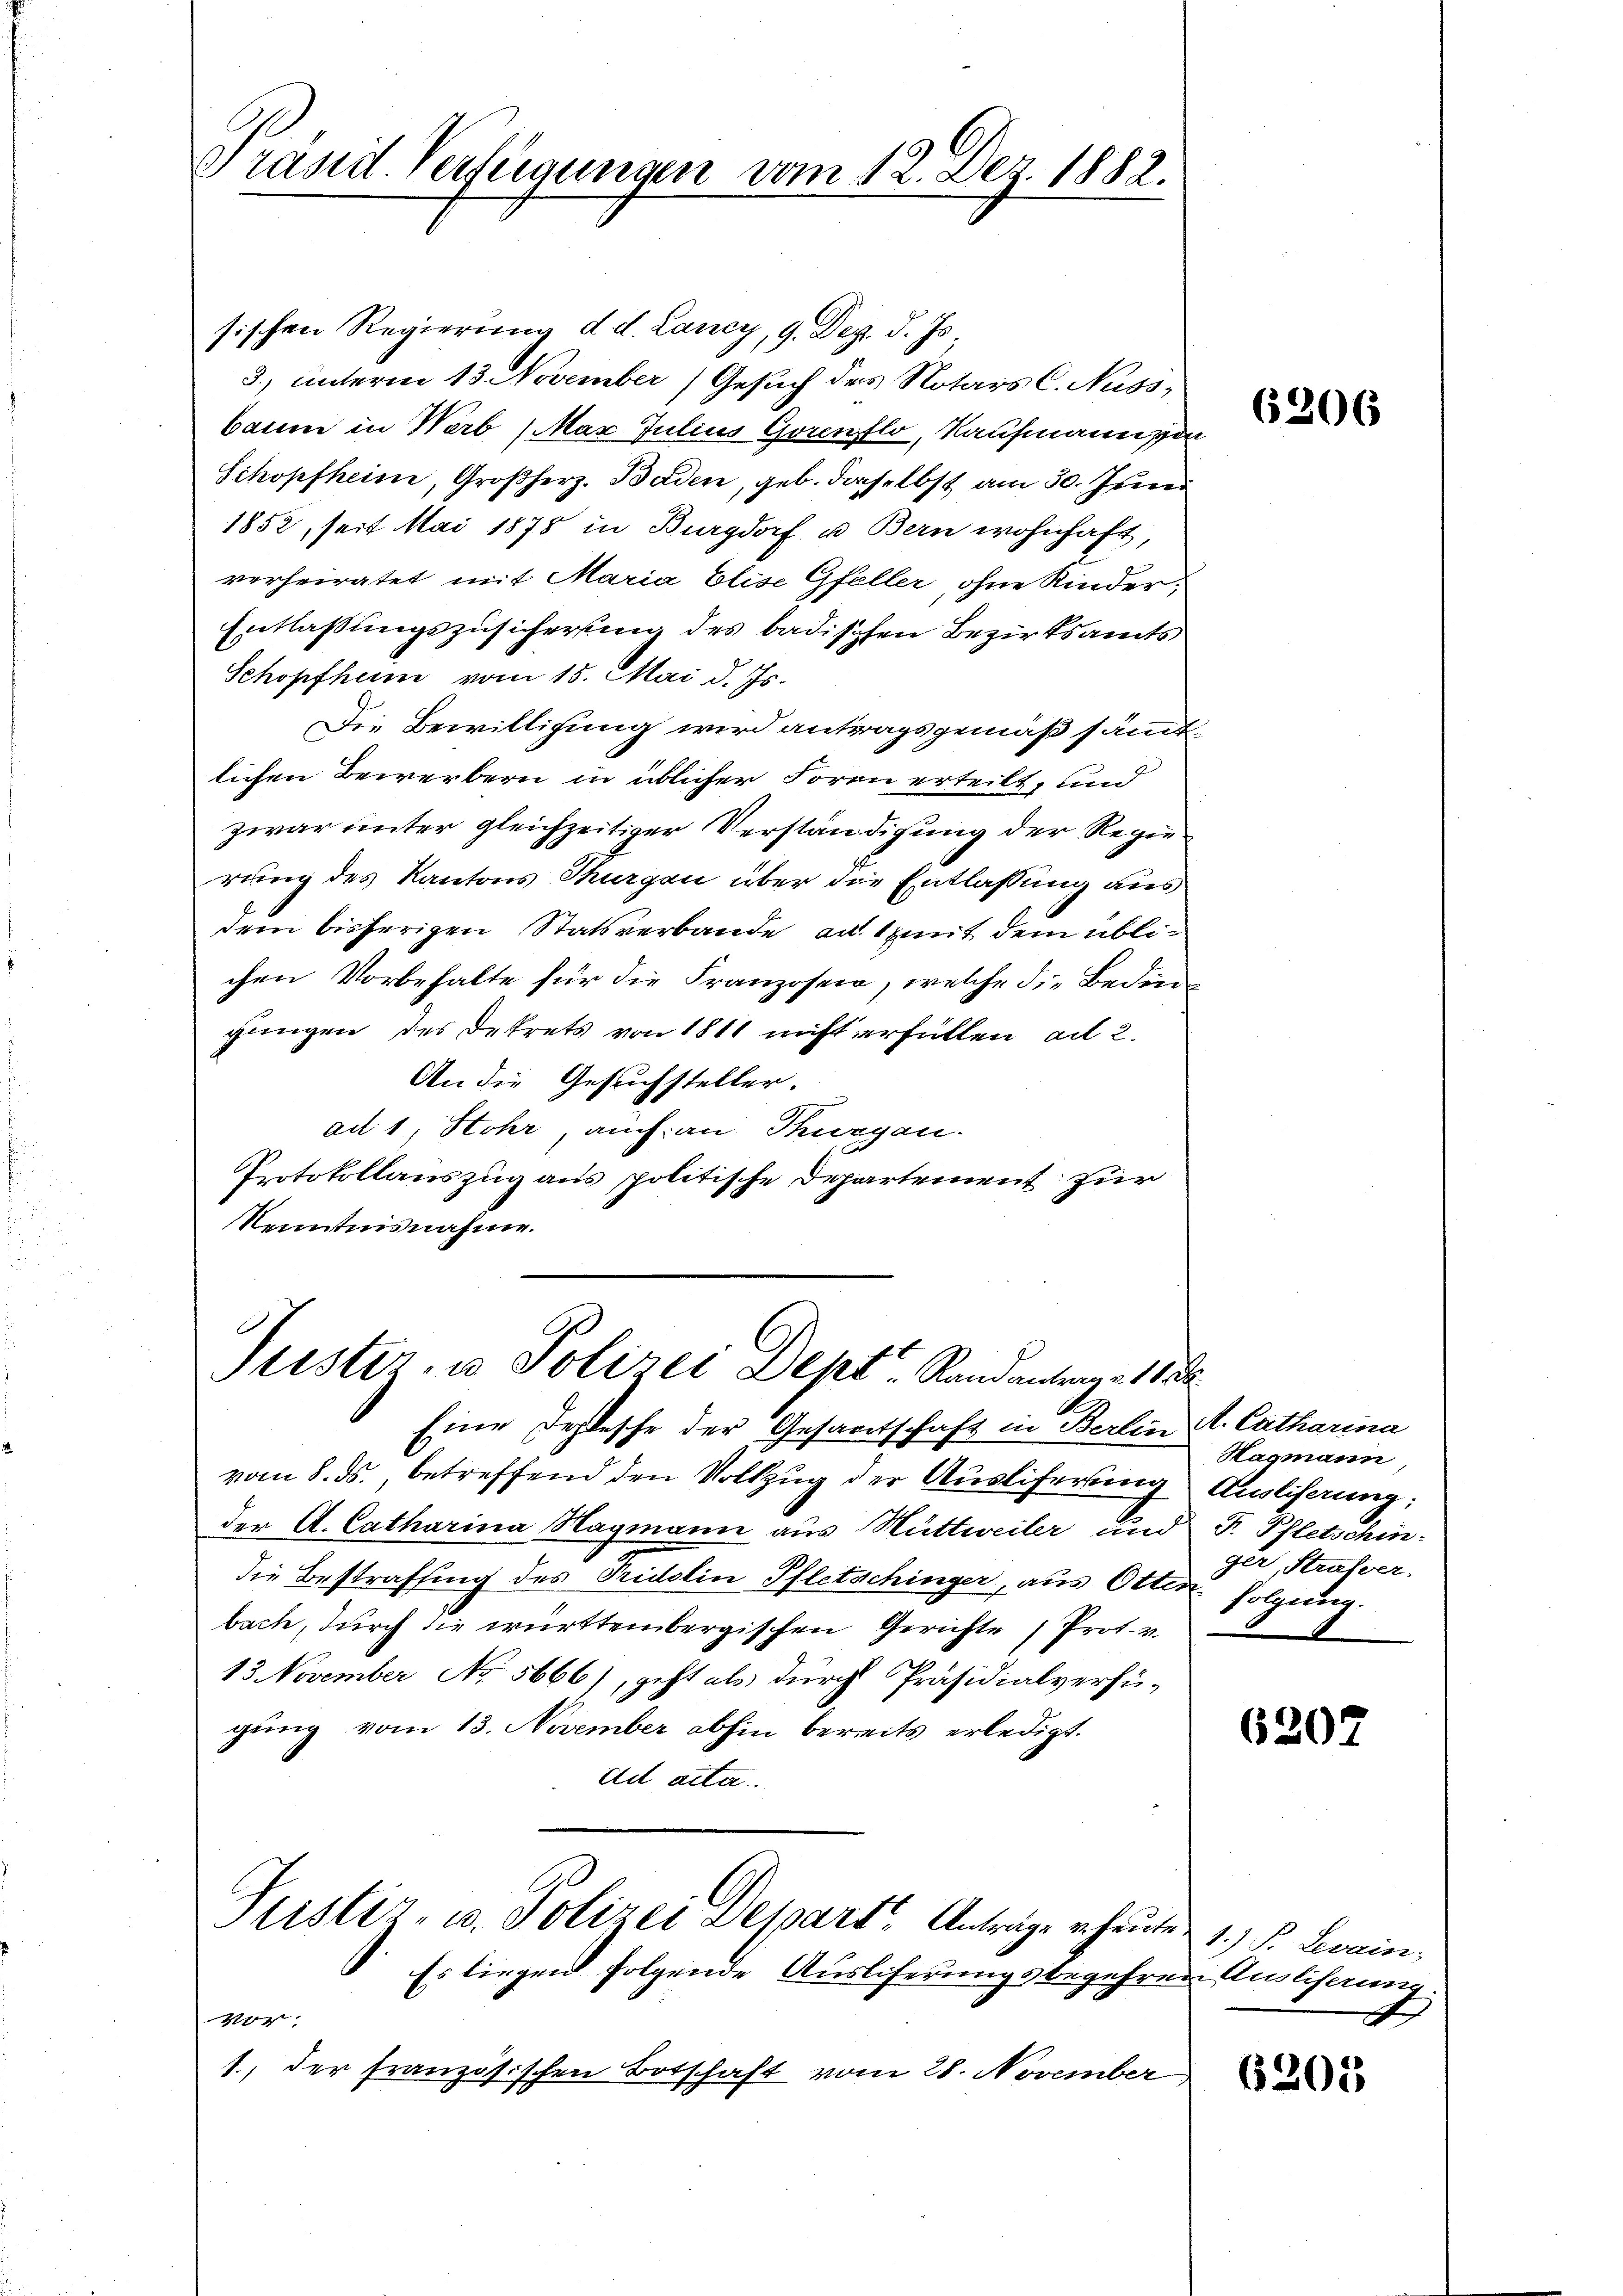
Präsid. Verfügungen vom 12. Der 1882.

sischen Regierung d. d. Lancy, 9. Dez. d. Js.
3., unterm 13. November Gesuch des Notars C. Nuss-
baum in Werb (Max Julius Gorenflo, Kaufmann da
Sikopfheim, Großherz. Baden, geb. daselbst am 30. Juni
1852, seit Mai 1878 in Burgdorf u. Bern wohnhaft,
verheiratet mit Maria Elise Gfeller, ohne Kinder-
Entlaßungszusicherung des badischen Bezirksamts
Schopfheim vom 15. Mai d. Js.
Die Bewilligung wird antragsgemäß sämmtlichen Bewerbern in üblicher Form erteilt, und
zwar unter gleichzeitiger Verständigung der Regierung des Kantons Thurgau über die Entlassung aus
dem bisherigen Statsverbande au mit dem üblichen Vorbehalte für die Franzosen, welche die Bedingungen des Dekrets von 1811 nicht erfüllen ad 2.
An die Gesuchsteller.
ad 1, Stohr auch an Thurgau.
Protokollauszug aus politische Departement zur
Kenntnisnahme.

Justiz, u. Polizei Dept. Randantrage 11

Eine Fehlesche der Gesamtschaft in Berlin A. Catharina
vom 8. ds., betreffend den Vollzug der Ausliferung Auslieferung;
der A. Catharina Magmann aus Hüttweiler und F. Pfletschindie Bestrafsing des Fridolin Pfletschinger, aus Otten folgung.
bache, durch die württembergischen Gerichte Prot. v.
13. November No. 5666), geht als durch Präsidialverfü-
gung vom 13. November abhin bereits erledigt.
ad acta.
Justiz- u. Polizei Depart, Anträge heute 1.) S. Levain
Es liegen folgende Ausliferungsbegehren Auslihanne
Vor
1., der französischen Botschaft vom 28. November,

6206

Hagmann
ger, Strafver-

6207

xxx

6205